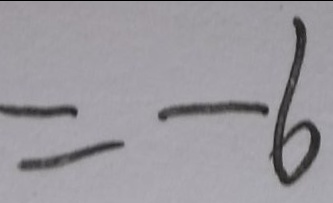
= - 6